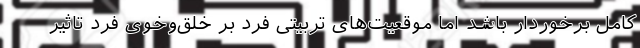
کامل برخوردار باشد اما موقعیت‌های تربیتی فرد بر خلق‌وخوی فرد تاثیر